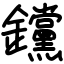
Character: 钂